Leaving Certificate Examination (including Day School Certificate (Higher) General paper), 1934
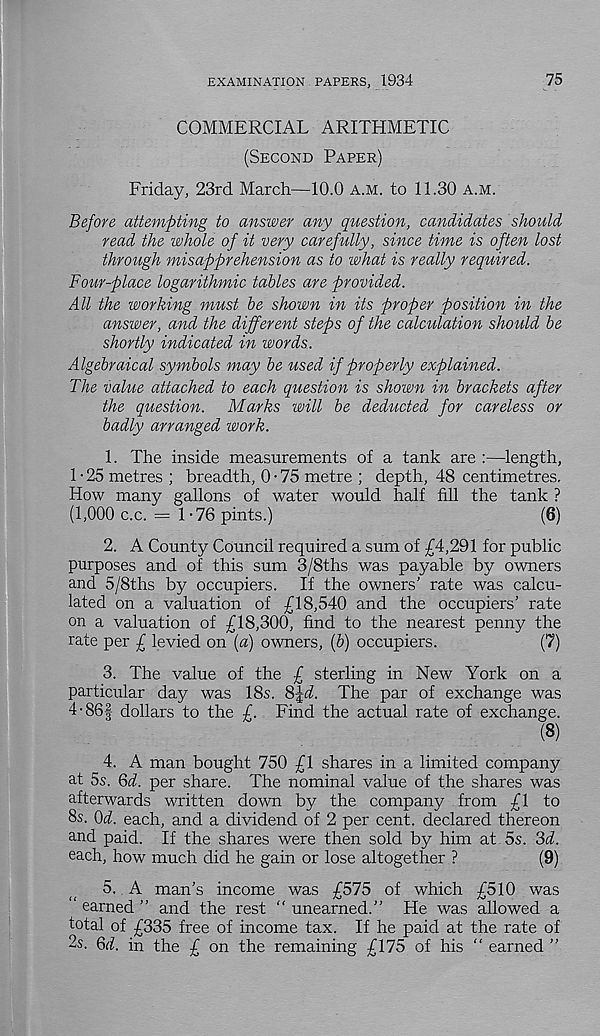
EXAMINATION PAPERS, 1934
75
COMMERCIAL ARITHMETIC
(Second Paper)
Friday, 23rd March—10.0 A.M. to 11.30 a.m.
Before attempting to answer any question, candidates should
read the whole of it very carefully, since time is often lost
through misapprehension as to what is really required.
Four-place logarithmic tables are provided.
All the working must be shown in its proper position in the
answer, and the different steps of the calculation should be
shortly indicated in words.
Algebraical symbols may be used if properly explained.
The value attached to each question is shown in brackets after
the question. Marks will be deducted for careless or
badly arranged work.
1. The inside measurements of a tank are :—length,
1 • 25 metres ; breadth, 0 • 75 metre ; depth, 48 centimetres.
How many gallons of water would half fill the tank ?
(1,000 c.c. = 1-76 pints.)
(6)
2. A County Council required a sum of £4,291 for public
purposes and of this sum 3/8ths was payable by owners
and 5/8ths by occupiers. If the owners' rate was calcu-
lated on a valuation of £18,540 and the occupiers’ rate
on a valuation of £18,300, find to the nearest penny the
rate per £ levied on (a) owners, (b) occupiers.
(7)
3. The value of the £ sterling in New York on a
particular day was 18s. SJd The par of exchange was
4-861 dollars to the £. Find the actual rate of exchange.
(8)
4. A man bought 750 £1 shares in a limited company
at 5s. Qd. per share. The nominal value of the shares was
afterwards written down by the company from £1 to
8s. 0d. each, and a dividend of 2 per cent, declared thereon
and paid. If the shares were then sold by him at 5s. 3d.
each, how much did he gain or lose altogether ?
(9)
5. A man’s income was £575 of which £510 was
earned ” and the rest " unearned.” He was allowed a
total of £335 free of income tax. If he paid at the rate of
2s. 6d. in the £ on the remaining £175 of his “ earned ”